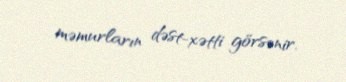
məmurların dəst-xətti görsənir.